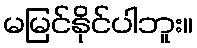
မမြင်နိုင်ပါဘူး။